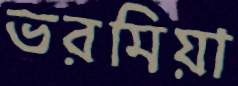
ভরমিয়া